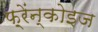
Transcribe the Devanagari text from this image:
फ़्रेंन्कोइज